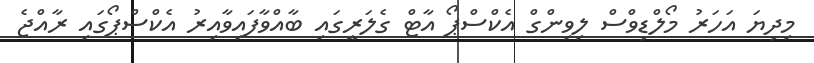
މިދިޔަ އަހަރު މޯލްޑިވްސް ލިވިންގް އެކްސްޕޯ އާޓް ގެލަރީގައި ބާއްވާފައިވާއިރު އެކްސްޕޯގައި ރާއްޖެ